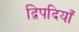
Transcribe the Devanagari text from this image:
द्विपदियाँ